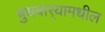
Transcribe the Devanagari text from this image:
बुधवार्‍यामधील